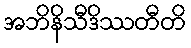
အဘိနိသီဒိဿတီတိ